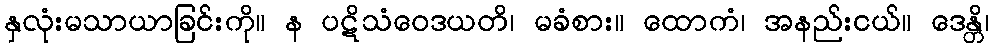
နှလုံးမသာယာခြင်းကို။ န ပဋိသံဝေဒယတိ၊ မခံစား။ ထောကံ၊ အနည်းငယ်။ ဒေန္တိ၊